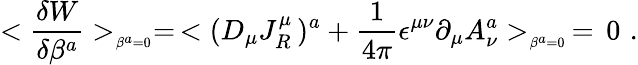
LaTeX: <{\frac{\delta W}{\delta\beta^{a}}}>_{_{\beta^{a}=0}}=\, <(D_{\mu}J_{R}^{\mu}\, )^{a}+{\frac{1}{4\pi}}\epsilon^{\mu\nu}\partial_{\mu}A_{\nu}^{a}>_{_{\beta^{a}=0}}\, =\, 0\, \, .